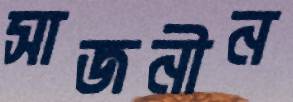
সাজনীন